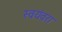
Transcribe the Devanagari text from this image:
स्वयंवरा